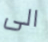
الى